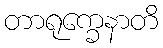
တာရုက္ခေနာတိ